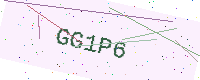
Text: GG1P6